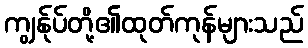
ကျွန်ုပ်တို့၏ထုတ်ကုန်များသည်